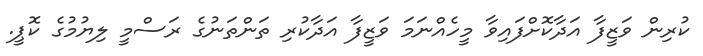
ކުރިން ވަޒީފާ އަދާކޮށްފައިވާ މީހެއްނަމަ ވަޒީފާ އަދާކުރި ތަންތަނުގެ ރަސްމީ ލިޔުމުގެ ކޮޕީ.